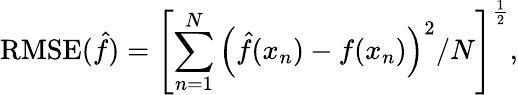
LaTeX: \mathrm{RMSE}(\hat{f})=\left[\sum_{n=1}^{N}\left(\hat{f}(x_{n})-f(x_{n})\right)^{2}/N\right]^{\frac{1}{2}},